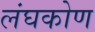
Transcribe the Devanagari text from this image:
लंघकोण